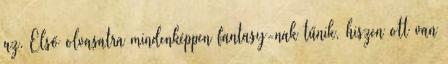
az. Első olvasatra mindenképpen fantasy-nak tűnik, hiszen ott van